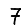
Digit: 7